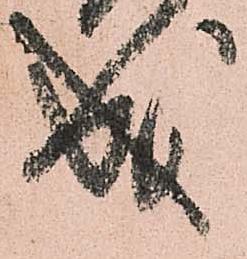
成